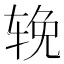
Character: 𬨈